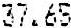
37.65